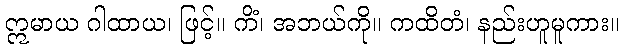
ဣမာယ ဂါထာယ၊ ဖြင့်။ ကိံ၊ အဘယ်ကို။ ကထိတံ၊ နည်းဟူမူကား။